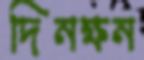
দিনক্ষন